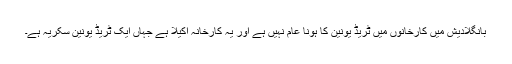
بانگلادیش میں کارخانوں میں ٹریڈ یونین کا ہونا عام نہیں ہے اور یہ کارخانہ اکیلا ہے جہاں ایک ٹریڈ یونین سکریہ ہے۔